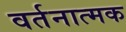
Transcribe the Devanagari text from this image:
वर्तनात्मक